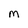
Character: M